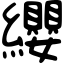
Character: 纓